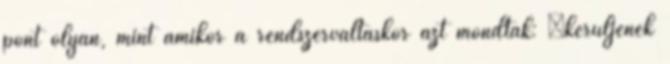
pont olyan, mint amikor a rendszerváltáskor azt mondták: “kerüljenek